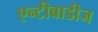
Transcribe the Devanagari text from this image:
एन्टीबाडीज